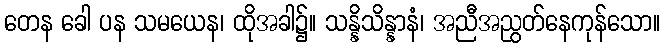
တေန ခေါ ပန သမယေန၊ ထိုအခါ၌။ သန္နိသိန္နာနံ၊ အညီအညွတ်နေကုန်သော။